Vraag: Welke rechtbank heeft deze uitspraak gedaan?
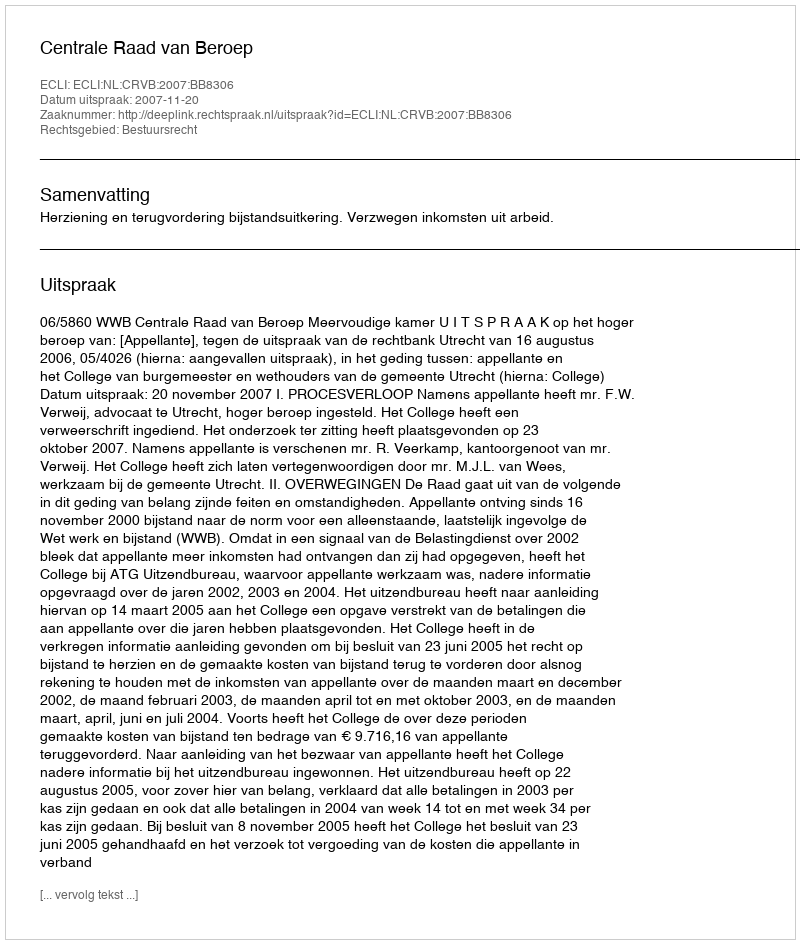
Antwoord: Centrale Raad van Beroep